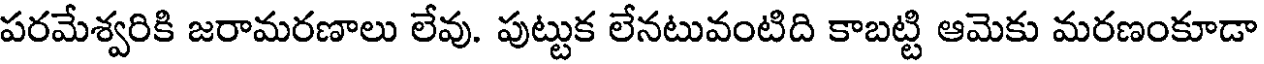
పరమేశ్వరికి జరామరణాలు లేవు. పుట్టుక లేనటువంటిది కాబట్టి ఆమెకు మరణంకూడా